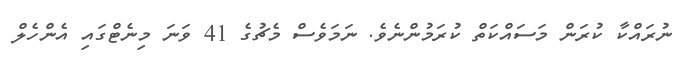
ނުރައްކާ ކުރަން މަސައްކަތް ކުރަމުންނެވެ. ނަމަވެސް މެޗުގެ 41 ވަނަ މިނެޓްގައި އެންހެލް